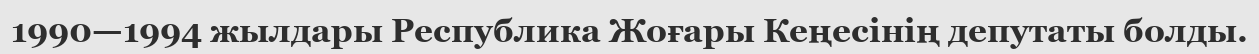
1990—1994 жылдары Республика Жоғары Кеңесінің депутаты болды.